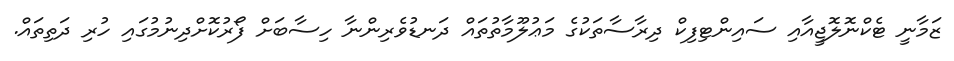
ޒަމާނީ ޓެކްނޮލޮޖީއާއި ސައިންޓިފިކް ދިރާސާތަކުގެ މަޢުލޫމާތުތައް ދަނޑުވެރިންނާ ހިސާބަށް ފޯރުކޮށްދިނުމުގައި ހުރި ދަތިތައް.